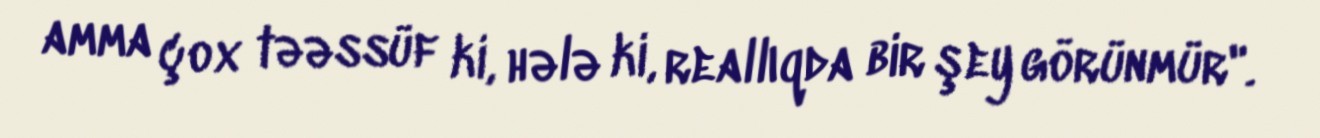
amma çox təəssüf ki, hələ ki, reallıqda bir şey görünmür".